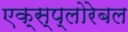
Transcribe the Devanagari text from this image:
एक्स्प्लोरेबल